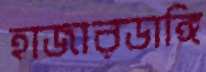
হাজারডাঙ্গি